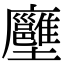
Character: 𡔏